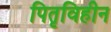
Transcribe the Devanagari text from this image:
पितृविहीन